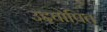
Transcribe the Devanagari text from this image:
उद्दघोषित